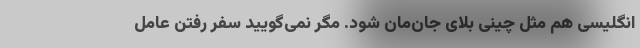
انگلیسی هم مثل چینی بلای جان‌مان شود. مگر نمی‌گویید سفر رفتن عامل